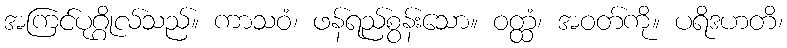
အကြင်ပုဂ္ဂိုလ်သည်။ ကာသဝံ၊ ဖန်ရည်စွန်းသော။ ဝတ္ထံ၊ အဝတ်ကို။ ပရိဒဟတိ၊